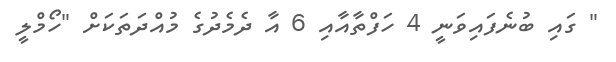
" ގައި ބުނެފައިވަނީ 4 ހަފްތާއާއި 6 އާ ދެމެދުގެ މުއްދަތަކަށް "ހޯމްލީ